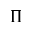
\boldsymbol { \Pi }